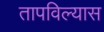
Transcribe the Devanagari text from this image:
तापविल्यास